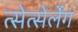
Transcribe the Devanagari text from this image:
त्सेत्सेर्लेग